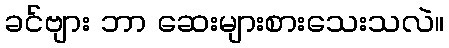
ခင်ဗျား ဘာ ဆေးများစားသေးသလဲ။